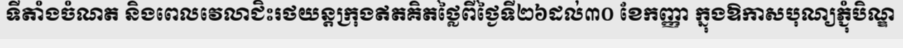
ទីតាំងចំណត និងពេលវេលាជិះរថយន្តក្រុងឥតគិតថ្លៃពីថ្ងៃទី២៦ដល់៣០ ខែកញ្ញា ក្នុងឱកាសបុណ្យភ្ជុំបិណ្ឌ